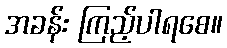
အခန်း ကြည့်ပါရစေ။